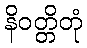
နိဝတ္တိတုံ